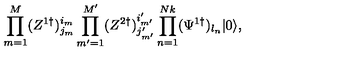
\prod _ { m = 1 } ^ { M } ( Z ^ { 1 \dagger } ) _ { j _ { m } } ^ { i _ { m } } \prod _ { m ^ { \prime } = 1 } ^ { M ^ { \prime } } ( Z ^ { 2 \dagger } ) _ { j _ { m ^ { \prime } } ^ { \prime } } ^ { i _ { m ^ { \prime } } ^ { \prime } } \prod _ { n = 1 } ^ { N k } ( \Psi ^ { 1 \dagger } ) _ { l _ { n } } | 0 \rangle ,